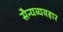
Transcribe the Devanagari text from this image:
सैन्यव्यवहार